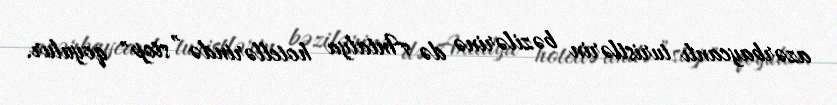
azərbaycanlı turistlərin bəzilərinə də Antalya hotellərində ”stop" qoyulur.